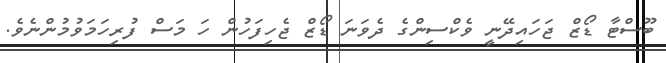
ބޫސްޓާ ޑޯޒް ޖަހައިދޭނީ ވެކްސިންގެ ދެވަނަ ޑޯޒް ޖެހިފަހުން ހަ މަސް ފުރިހަމަވުމުންނެވެ.